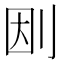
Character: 𠛭